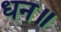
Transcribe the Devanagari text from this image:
धन॥